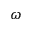
\boldsymbol { \omega }